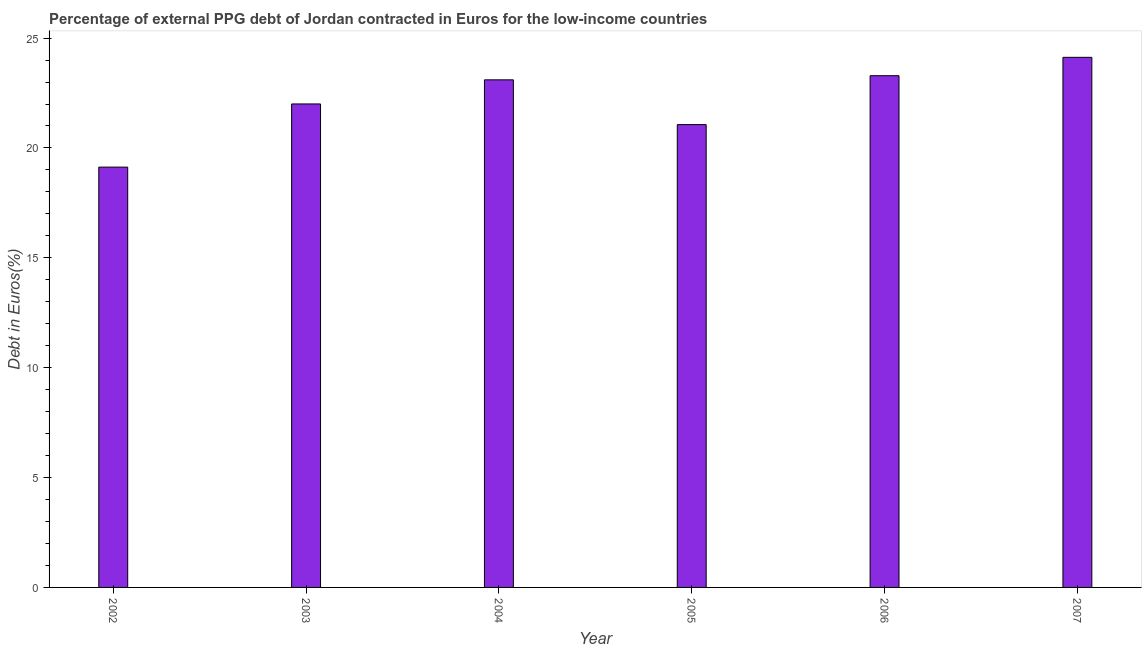
| Year | Currency composition of PPG debt |
 | --- | --- |
 | 2002 | 19.1 |
 | 2003 | 22 |
 | 2004 | 23.1 |
 | 2005 | 21.1 |
 | 2006 | 23.3 |
 | 2007 | 24.1 |